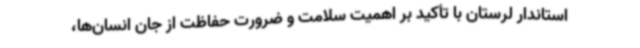
استاندار لرستان با تأکید بر اهمیت سلامت و ضرورت حفاظت از جان انسان‌ها،